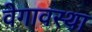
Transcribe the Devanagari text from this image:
वेगावस्था